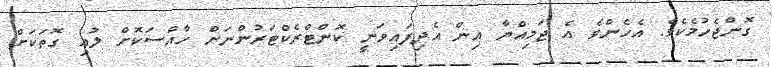
ގޮންޖެހުމެކެވެ. އެހެންވެ އެ ޖަމިއްޔާ އިން އެދިފައިވަނީ ކޮންޓްރެކްޓަރުންނަށް ހާއްސަކޮށް ލުއި ގޮތަކަށް